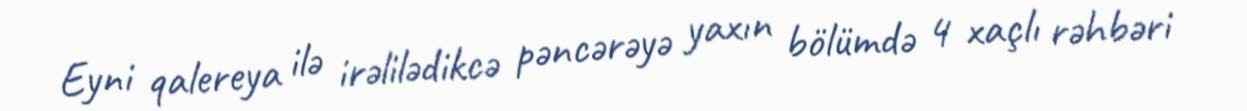
Eyni qalereya ilə irəlilədikcə pəncərəyə yaxın bölümdə 4 xaçlı rəhbəri